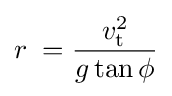
r\;={\frac {v_{\mathrm {t} }^{2}}{g\tan \phi }}